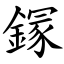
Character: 䥂